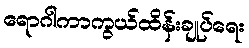
ရောဂါကာကွယ်ထိန်းချုပ်ရေး